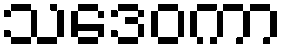
သဒေဝကာ